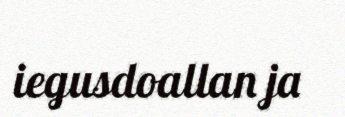
iegusdoallan ja